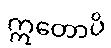
ဣတောပိ